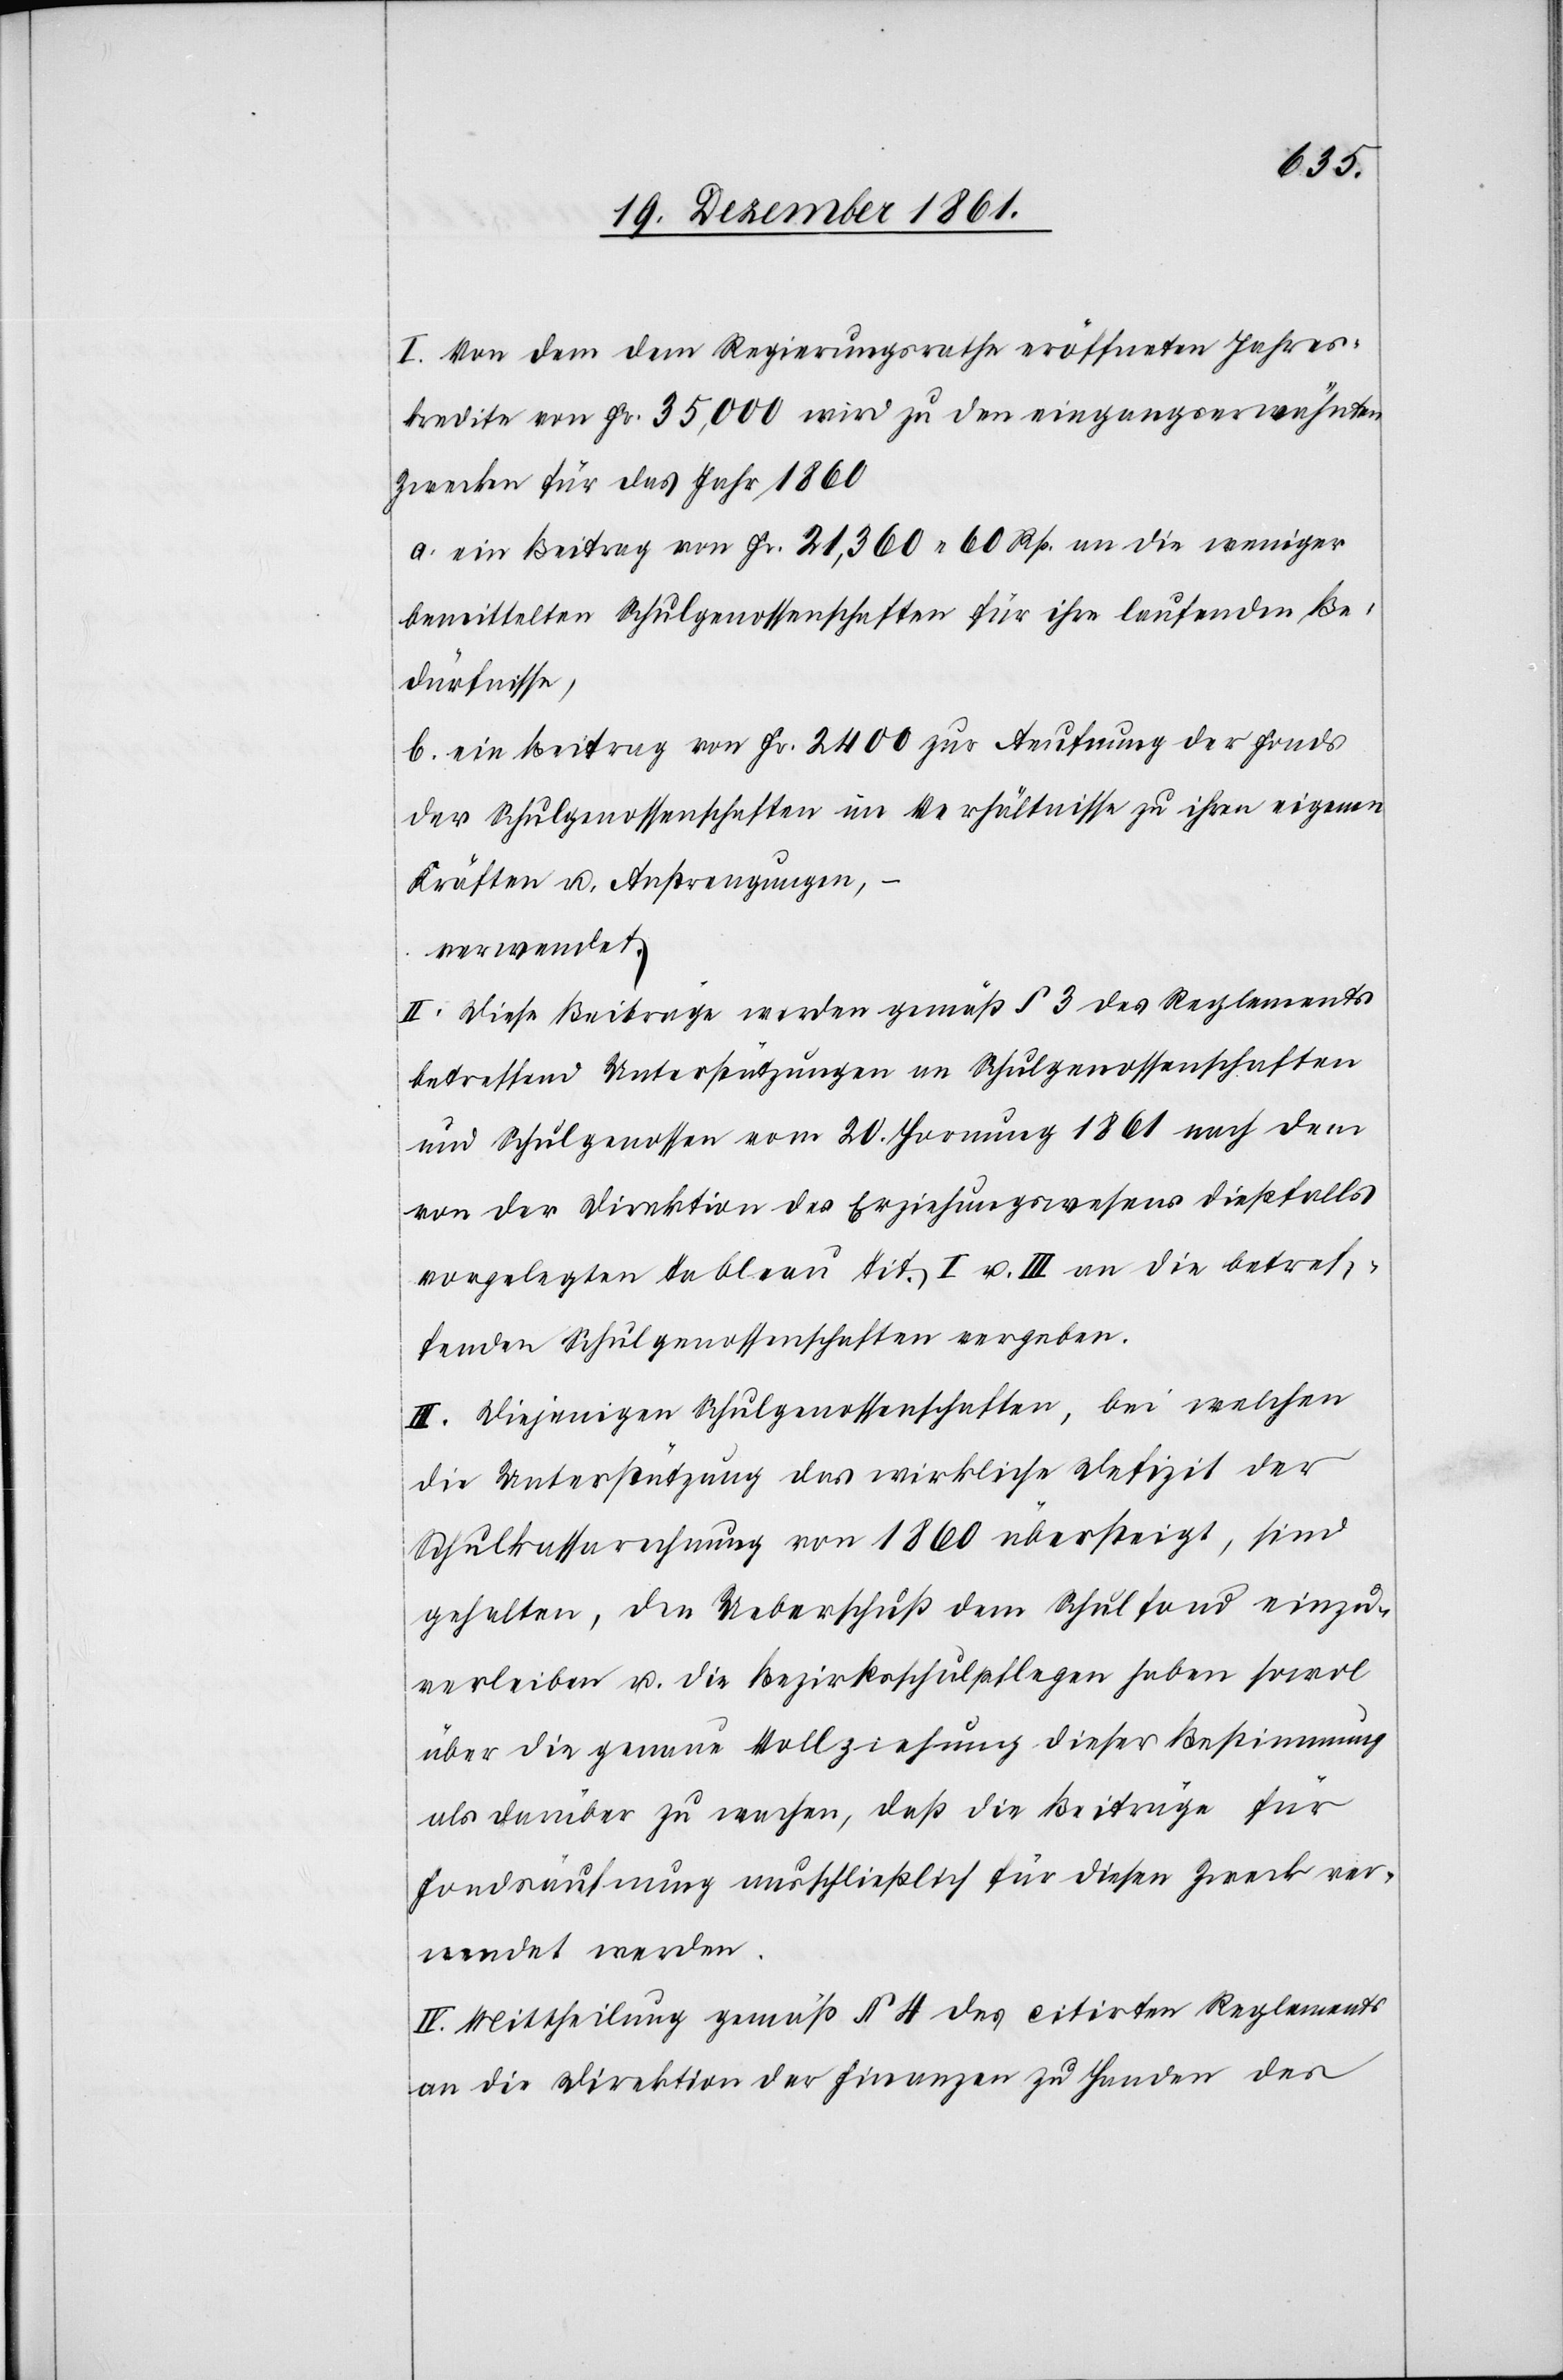
I. Von dem dem Regierungsrathe eröffneten Jahres¬
kredite von Fr. 35,000 wird zu den eingangserwähnten
Zwecken für das Jahr 1860
a. ein Beitrag von Fr. 21,360. 60 Rp. an die weniger
bemittelten Schulgenossenschaften für ihre laufenden Be¬
dürfnisse,
b. ein Beitrag von Fr. 2400 zur Aefnung der Fonds
der Schulgenossenschaften im Verhältnisse zu ihren eigenen
Kräften u. Anstrengungen,
verwendet.
II. Diese Beiträge werden gemäß § 3 des Reglements
betreffend Unterstützung an Schulgenossenschaften
und Schulgenossen vom 20 Hornung 1861 nach dem
von der Direktion des Erziehungswesens dießfalls
vorgelegten Tableau Tit. I u. III an die betref¬
fenden Schulgenossenschaften vergeben.
III. Diejenigen Schulgenossenschaften, bei welchen
die Unterstützung das wirkliche Defizit der
Schulkassarechnung von 1860 übersteigt, sind
gehalten, den Ueberschuß dem Schulfond einzu¬
verleiben u. die Bezirksschulpflegen haben sowol
über die genaue Vollziehung dieser Bestimmung
als darüber zu wachen, daß die Beiträge für
Fondsäufnung ausschließlich für diesen Zweck ver¬
wendet werden.
IV. Mittheilung gemäß § 4 des citirten Reglements
an die Direktion der Finanzen zu Handen des